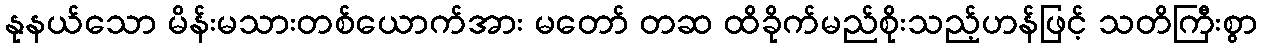
နုနယ်သော မိန်းမသားတစ်ယောက်အား မတော် တဆ ထိခိုက်မည်စိုးသည့်ဟန်ဖြင့် သတိကြီးစွာ